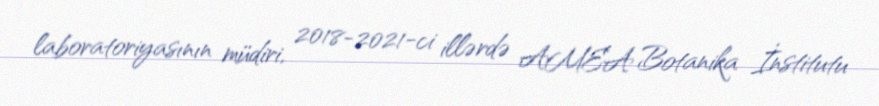
laboratoriyasının müdiri, 2018-2021-ci illərdə AMEA Botanika İnstitutu